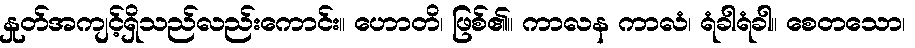
နှုတ်အကျင့်ရှိသည်လည်းကောင်း။ ဟောတိ၊ ဖြစ်၏။ ကာလန ကာလံ၊ ရံခါရံခါ။ စေတသော၊